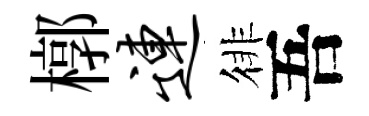
槨连徘吾